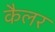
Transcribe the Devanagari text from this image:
कैलर